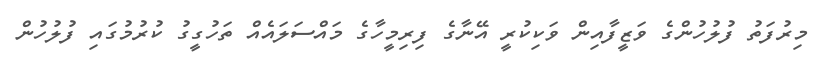
މިރުފަތު ފުލުހުންގެ ވަޒީފާއިން ވަކިކުރީ އޭނާގެ ފިރިމީހާގެ މައްސަލައެއް ތަހުގީގު ކުރުމުގައި ފުލުހުން